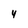
Character: 4